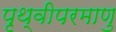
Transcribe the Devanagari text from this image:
पृथ्वीपरमाणु